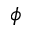
\phi